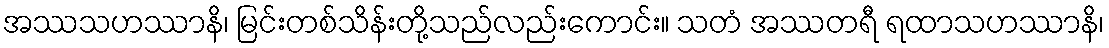
အဿသဟဿာနိ၊ မြင်းတစ်သိန်းတို့သည်လည်းကောင်း။ သတံ အဿတရီ ရထာသဟဿာနိ၊